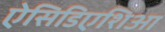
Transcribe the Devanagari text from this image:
ऐसिडिएशिआ